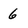
Character: 6